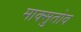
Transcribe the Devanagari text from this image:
माक्सुतोव